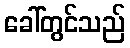
ခေါ်တွင်သည်